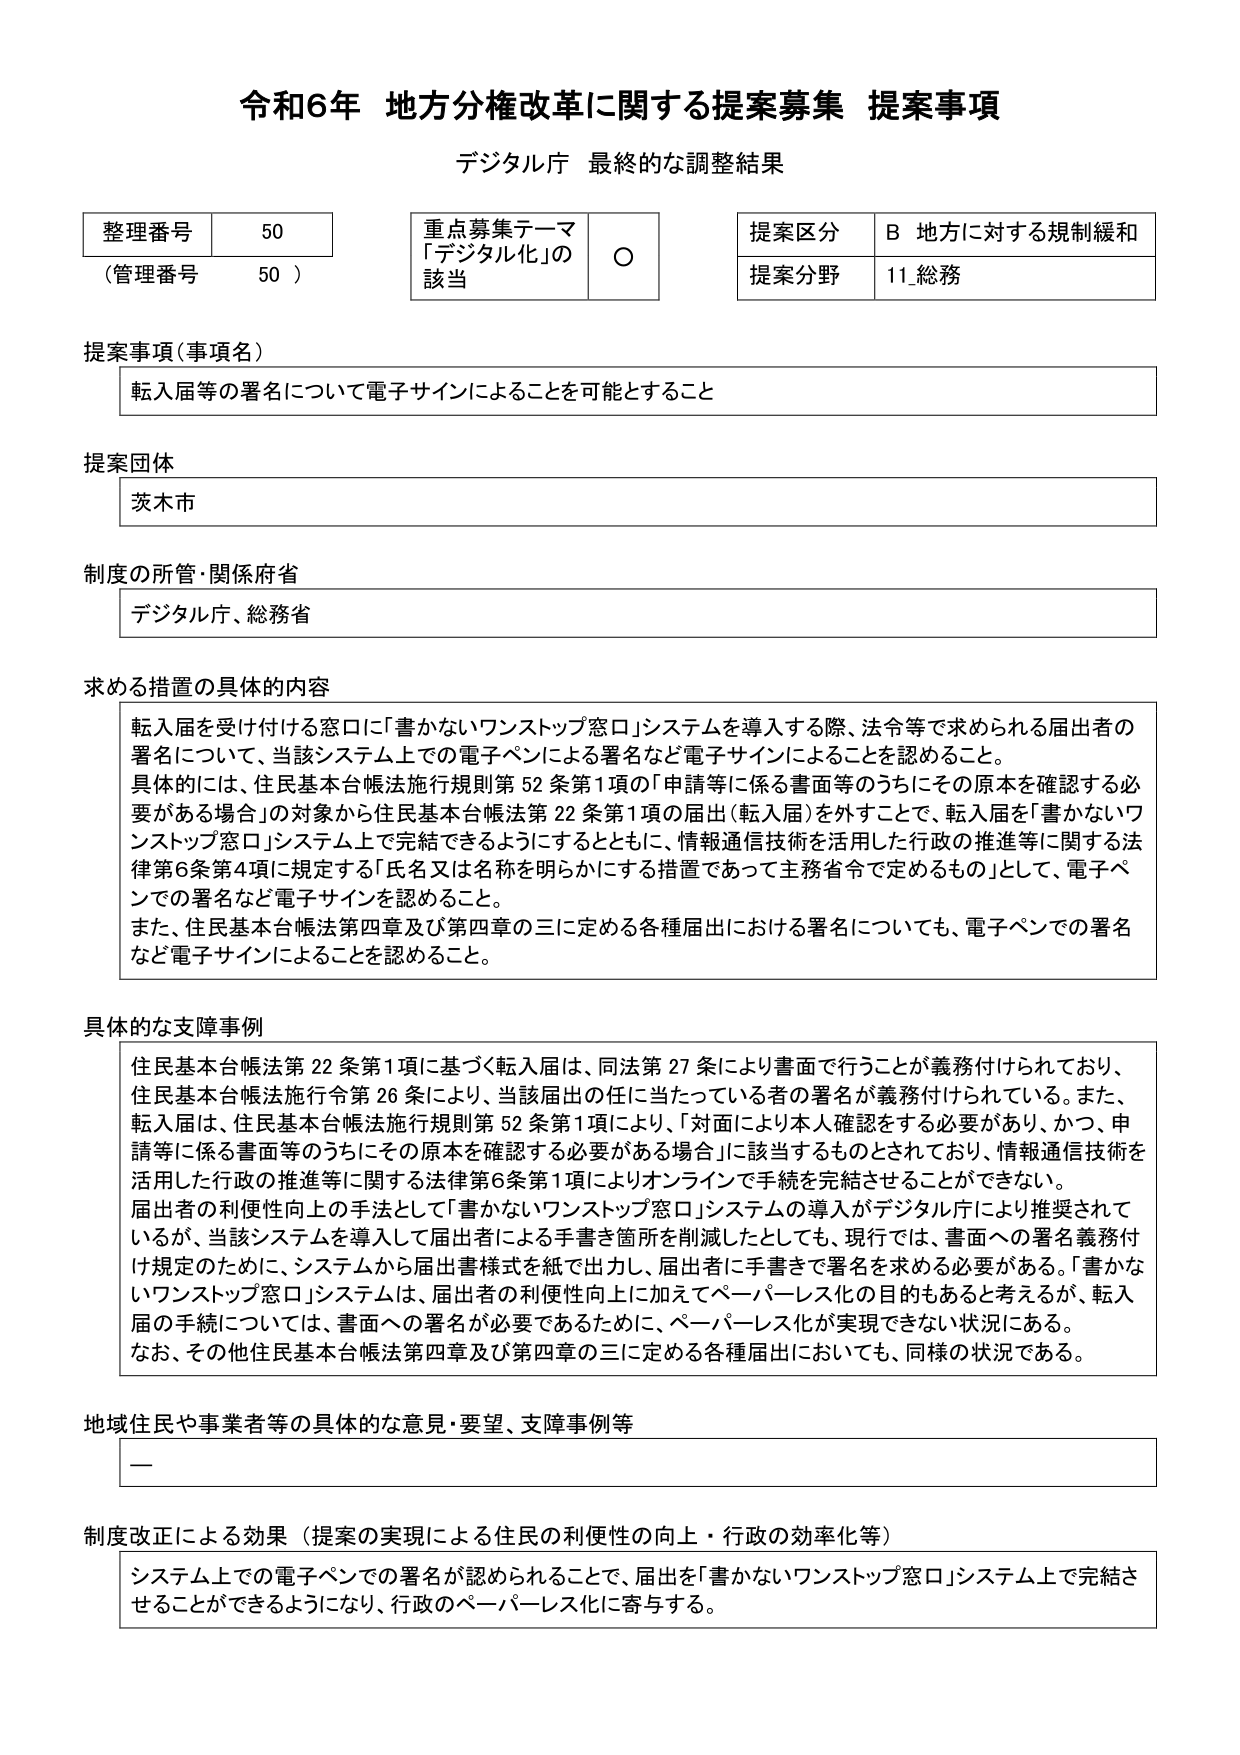
令和6年 地方分権改革に関する提案募集 提案事項
デジタル庁 最終的な調整結果

整理番号 50
（管理番号 50）

重点募集テーマ
「デジタル化」の該当 ○

提案区分 B 地方に対する規制緩和
提案分野 11 総務

提案事項（事項名）
転入届等の署名について電子サインによることを可能とすること

提案団体
茨木市

制度の所管・関係府省
デジタル庁、総務省

求める措置の具体的内容
転入届を受け付ける窓口に「書かないワンストップ窓口」システムを導入する際、法令等で求められる届出者の署名について、当該システム上での電子ペンによる署名など電子サインによることを認める。
具体的には、住民基本台帳法施行規則第52条第1項の「申請等に係る書面等のうちにその原本を確認する必要がある場合」の対象から住民基本台帳法第22条第1項の届出（転入届）を外すことで、転入届を「書かないワンストップ窓口」システム上で完結できるようにするとともに、情報通信技術を活用した行政の推進等に関する法律第6条第4項に規定する「氏名又は名称を明らかにする措置であって主務省令で定めるもの」として、電子ペンでの署名など電子サインを認めること。
また、住民基本台帳法第四章及び第四章の三に定める各種届出における署名についても、電子ペンでの署名など電子サインによることを認める。

具体的な支障事例
住民基本台帳法第22条第1項に基づく転入届は、同法第27条により書面で行うことが義務付けられており、住民基本台帳法施行令第26条により、当該届出の任に当たっている者の署名が義務付けられている。また、転入届は、住民基本台帳法施行規則第52条第1項により、「対面により本人確認をする必要があり、かつ、申請等に係る書面等のうちにその原本を確認する必要がある場合」に該当するものとされており、情報通信技術を活用した行政の推進等に関する法律第6条第1項によりオンラインで手続を完結させることができない。
届出者の利便性向上の手法として「書かないワンストップ窓口」システムの導入がデジタル庁により推奨されているが、当該システムを導入して届出者による手書き箇所を削減したとしても、現行では、書面への署名義務付け規定のために、システムから届出書様式を紙で出力し、届出者に手書きで署名を求める必要がある。「書かないワンストップ窓口」システムは、届出者の利便性向上に加えてペーパーレス化の目的もあると考えるが、転入届の手続については、書面への署名が必要であるために、ペーパーレス化が実現できない状況にある。
なお、その他住民基本台帳法第四章及び第四章の三に定める各種届出においても、同様の状況である。

地域住民や事業者等の具体的な意見・要望、支障事例等
—

制度改正による効果（提案の実現による住民の利便性の向上・行政の効率化等）
システム上での電子ペンでの署名が認められることで、届出を「書かないワンストップ窓口」システム上で完結させることができるようにになり、行政のペーパーレス化に寄与する。